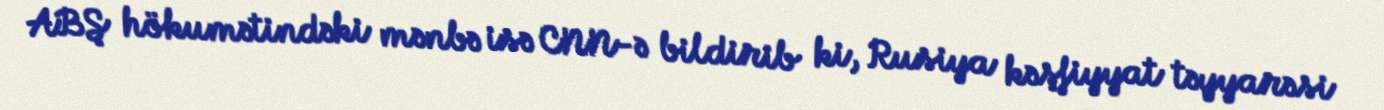
ABŞ hökumətindəki mənbə isə CNN-ə bildirib ki, Rusiya kəşfiyyat təyyarəsi